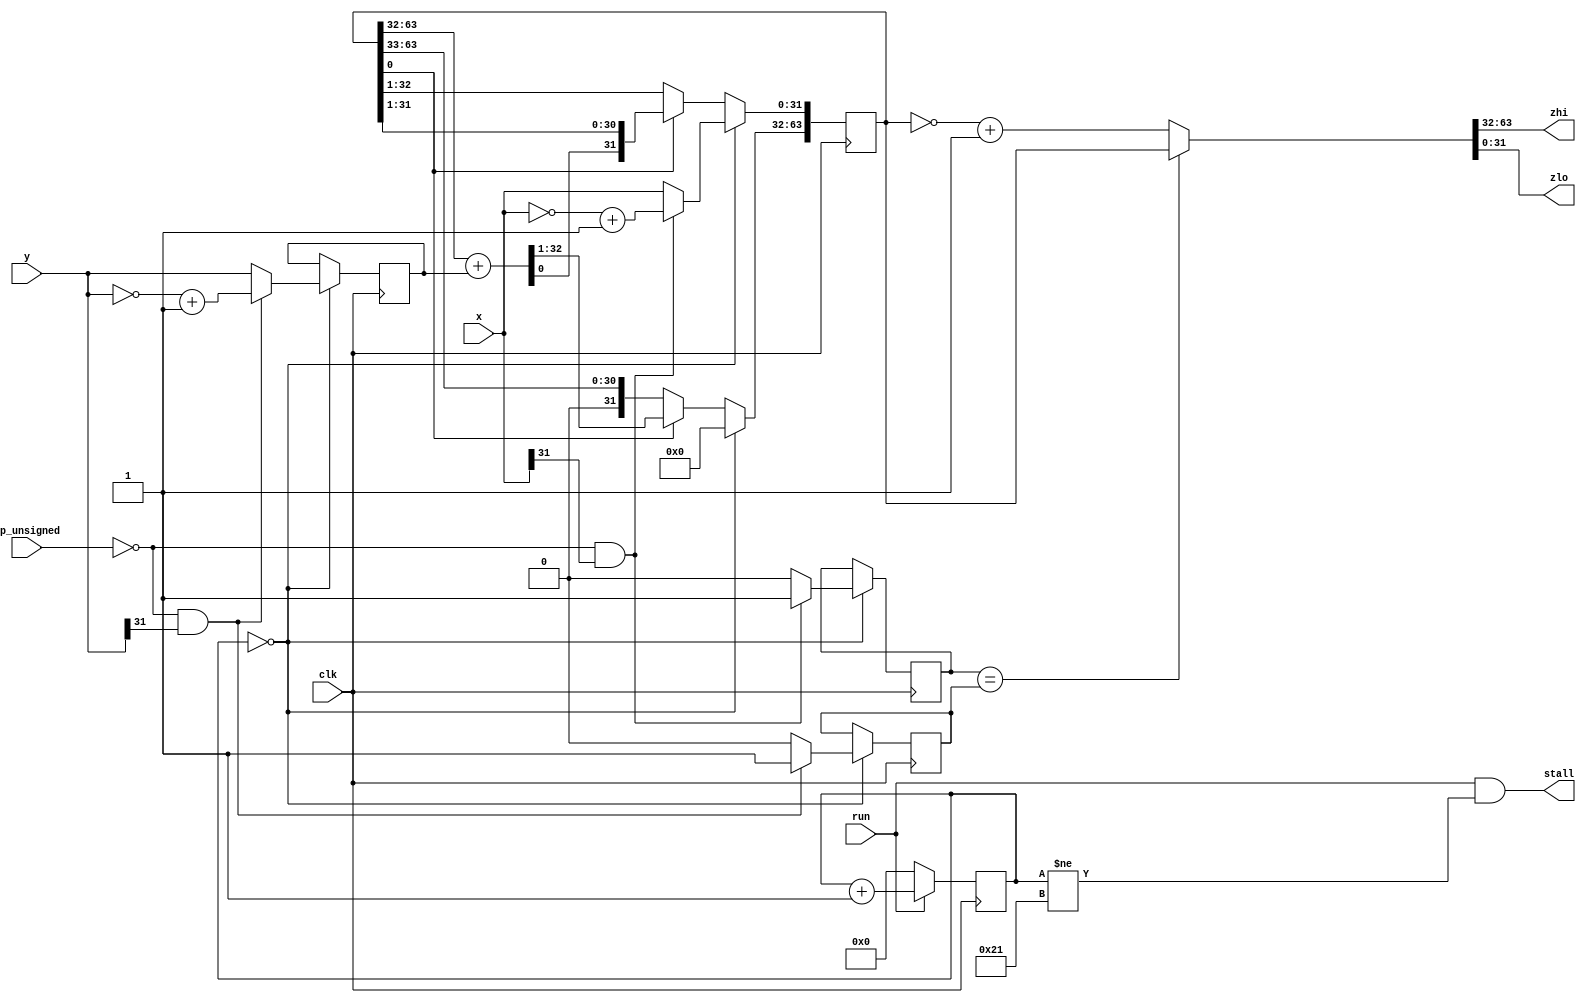
//
// muldiv.v -- integer multiply and divide, signed and unsigned
//


`timescale 1ns / 1ps
`default_nettype none


module mul(clk, run, stall,
           op_unsigned, x, y, zhi, zlo);
    input clk;
    input run;
    output stall;
    input op_unsigned;
    input [31:0] x;
    input [31:0] y;
    output [31:0] zhi;
    output [31:0] zlo;

  reg [5:0] counter;
  reg x_neg;
  reg y_neg;
  reg [31:0] y_abs;
  reg [63:0] q;
  wire [64:1] s;
  wire [64:1] t;
  wire [63:0] z;

  always @(posedge clk) begin
    if (run) begin
      counter[5:0] <= counter[5:0] + 6'd1;
    end else begin
      counter[5:0] <= 6'd0;
    end
  end

  assign stall = run & (counter[5:0] != 6'd33);

  assign s[64:32] = { 1'b0, q[63:32] } + { 1'b0, y_abs };
  assign s[31: 1] = q[31:1];
  assign t[64: 1] = { 1'b0, q[63:1] };

  always @(posedge clk) begin
    if (counter[5:0] == 6'd0) begin
      // prepare operands
      if (~op_unsigned & x[31]) begin
        // negate first operand
        x_neg <= 1'b1;
        q[63:32] <= 32'b0;
        q[31: 0] <= ~x[31:0] + 32'b1;
      end else begin
        // use first operand as is
        x_neg <= 1'b0;
        q[63:32] <= 32'b0;
        q[31: 0] <= x[31:0];
      end
      if (~op_unsigned & y[31]) begin
        // negate second operand
        y_neg <= 1'b1;
        y_abs[31:0] <= ~y[31:0] + 32'b1;
      end else begin
        // use second operand as is
        y_neg <= 1'b0;
        y_abs[31:0] <= y[31:0];
      end
    end else begin
      // do a multiplication step
      if (q[0]) begin
        q[63:0] <= s[64:1];
      end else begin
        q[63:0] <= t[64:1];
      end
    end
  end

  assign z[63:0] = (x_neg == y_neg) ? q[63:0] : ~q[63:0] + 64'b1;
  assign zhi[31:0] = z[63:32];
  assign zlo[31:0] = z[31: 0];

endmodule


module div(clk, run, stall,
           op_unsigned, x, y, quo, rem);
    input clk;
    input run;
    output stall;
    input op_unsigned;
    input [31:0] x;
    input [31:0] y;
    output [31:0] quo;
    output [31:0] rem;

  reg [5:0] counter;
  reg x_neg;
  reg y_neg;
  reg [31:0] y_abs;
  reg [63:0] q;
  wire [32:0] d;
  wire borrow;
  wire corr;
  wire [31:0] cquo;

  always @(posedge clk) begin
    if (run) begin
      counter[5:0] <= counter[5:0] + 6'd1;
    end else begin
      counter[5:0] <= 6'd0;
    end
  end

  assign stall = run & (counter[5:0] != 6'd33);

  assign d[32:0] = { 1'b0, q[62:31] } - { 1'b0, y_abs[31:0] };
  assign borrow = d[32];

  always @(posedge clk) begin
    if (counter[5:0] == 6'd0) begin
      // prepare operands
      if (~op_unsigned & x[31]) begin
        // negate first operand
        x_neg <= 1'b1;
        q[63:32] <= 32'b0;
        q[31: 0] <= ~x[31:0] + 32'b1;
      end else begin
        // use first operand as is
        x_neg <= 1'b0;
        q[63:32] <= 32'b0;
        q[31: 0] <= x[31:0];
      end
      if (~op_unsigned & y[31]) begin
        // negate second operand
        y_neg <= 1'b1;
        y_abs[31:0] <= ~y[31:0] + 32'b1;
      end else begin
        // use second operand as is
        y_neg <= 1'b0;
        y_abs[31:0] <= y[31:0];
      end
    end else begin
      // do a division step
      if (borrow) begin
        q[63:32] <= q[62:31];
      end else begin
        q[63:32] <= d[31:0];
      end
      q[31:1] <= q[30:0];
      q[0] <= ~borrow;
    end
  end

  assign corr = x_neg & (q[63:32] != 32'h0);
  assign cquo[31:0] = corr ? q[31:0] + 32'h1 : q[31:0];
  assign quo[31:0] = (x_neg == y_neg) ? cquo[31:0] : (~cquo[31:0] + 1);
  assign rem[31:0] = corr ? (y_abs - q[63:32]) : q[63:32];

endmodule